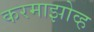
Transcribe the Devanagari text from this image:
करमाझोव्ह